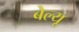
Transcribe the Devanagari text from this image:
बेल्यू